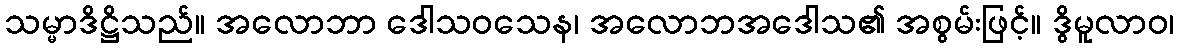
သမ္မာဒိဋ္ဌိသည်။ အလောဘာ ဒေါသဝသေန၊ အလောဘအဒေါသ၏ အစွမ်းဖြင့်။ ဒွိမူလာဝ၊